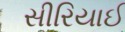
સીરિયાઈ